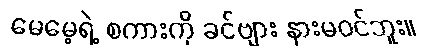
မေမေ့ရဲ့ စကားကို ခင်ဗျား နားမဝင်ဘူး။